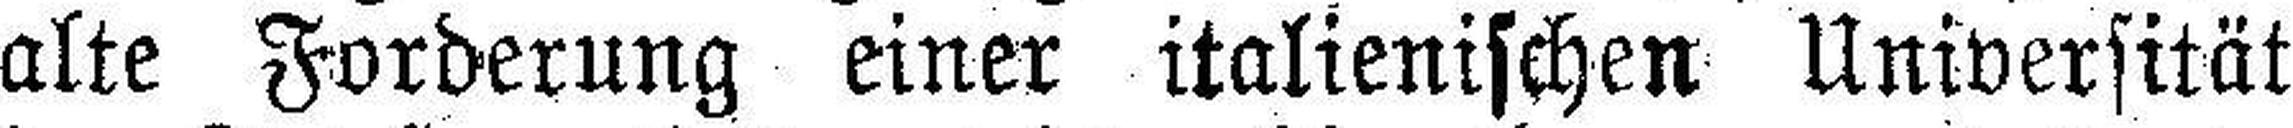
alte Forderung einer italienischen Universität